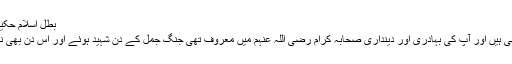
بطل اسلام حکیم بن جبلہ رضی اللہ عنہ​
یہ بھی بہت بہادر صحابی ہیں اور آپ کی بہادری اور دینداری صحابہ کرام رضی اللہ عنہم میں معروف تھی جنگ جمل کے دن شہید ہوئے اور اس دن بھی نہایت بہادری سے لڑے۔